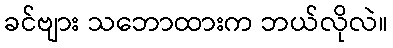
ခင်ဗျား သဘောထားက ဘယ်လိုလဲ။